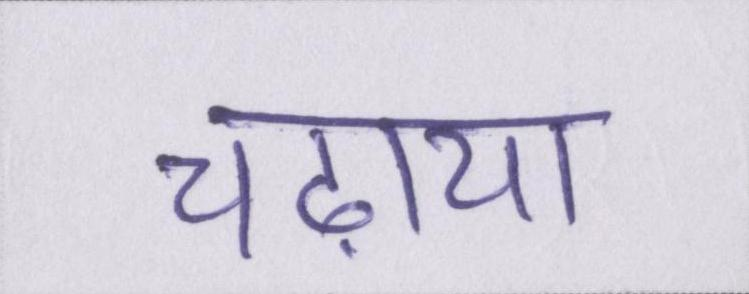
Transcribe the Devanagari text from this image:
चढ़ाया